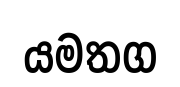
යමතග